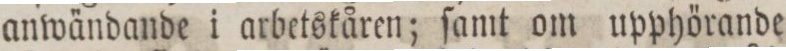
anwändande i arbetskåren; ſamt om upphörande